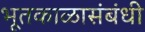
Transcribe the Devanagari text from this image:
भूतकाळासंबंधी